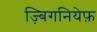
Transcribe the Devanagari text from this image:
ज़्बिगनियेफ़